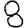
Digit: 8